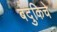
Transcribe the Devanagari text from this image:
बंदुकिचे